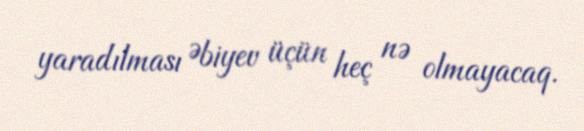
yaradılması Əbiyev üçün heç nə olmayacaq.